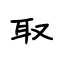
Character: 取